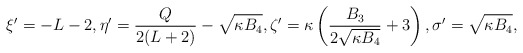
\begin{align*} \xi' = -L-2, \eta' = \frac{Q}{2(L+2)} - \sqrt{\kappa B_4}, \zeta' = \kappa \left( \frac{B_3}{2\sqrt{\kappa B_4}} + 3\right), \sigma' = \sqrt{\kappa B_4},\end{align*}